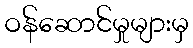
ဝန်ဆောင်မှုများမှ